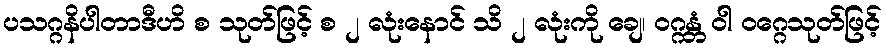
ပသဂ္ဂနိပါတာဒီဟိ စ သုတ်ဖြင့် စ ၂ လုံးနောင် သိ ၂ လုံးကို ချေ၊ ဝဂ္ဂန္တံ ဝါ ဝဂ္ဂေသုတ်ဖြင့်